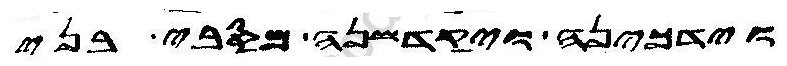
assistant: וידכינה ויקדשנה מסבי בני